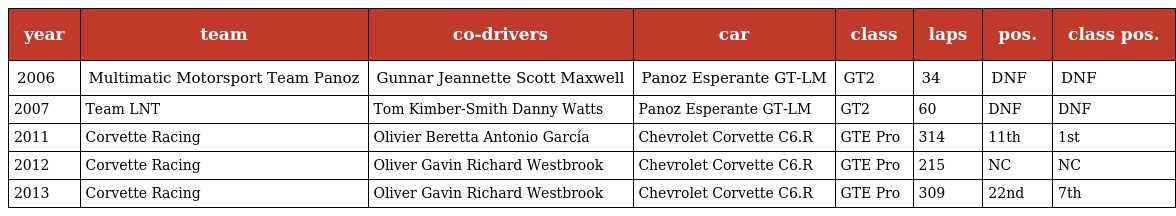
| year | team | co-drivers | car | class | laps | pos. | class pos. |
 | --- | --- | --- | --- | --- | --- | --- | --- |
 | 2006 | Multimatic Motorsport Team Panoz | Gunnar Jeannette Scott Maxwell | Panoz Esperante GT-LM | GT2 | 34 | DNF | DNF |
 | 2007 | Team LNT | Tom Kimber-Smith Danny Watts | Panoz Esperante GT-LM | GT2 | 60 | DNF | DNF |
 | 2011 | Corvette Racing | Olivier Beretta Antonio García | Chevrolet Corvette C6.R | GTE Pro | 314 | 11th | 1st |
 | 2012 | Corvette Racing | Oliver Gavin Richard Westbrook | Chevrolet Corvette C6.R | GTE Pro | 215 | NC | NC |
 | 2013 | Corvette Racing | Oliver Gavin Richard Westbrook | Chevrolet Corvette C6.R | GTE Pro | 309 | 22nd | 7th |